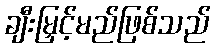
ချီးမြှင့်မည်ဖြစ်သည်